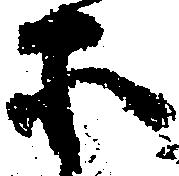
等